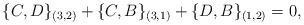
\begin{align*}\{C,D\}_{(3,2)}+\{C,B\}_{(3,1)}+\{D,B\}_{(1,2)}=0,\end{align*}